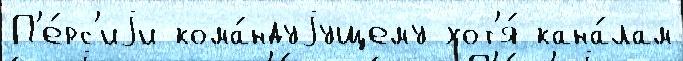
П'е́рс'иjи кома́ндуjущему хот'я́ кана́лам